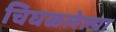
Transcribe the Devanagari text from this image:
चिघळलेल्या